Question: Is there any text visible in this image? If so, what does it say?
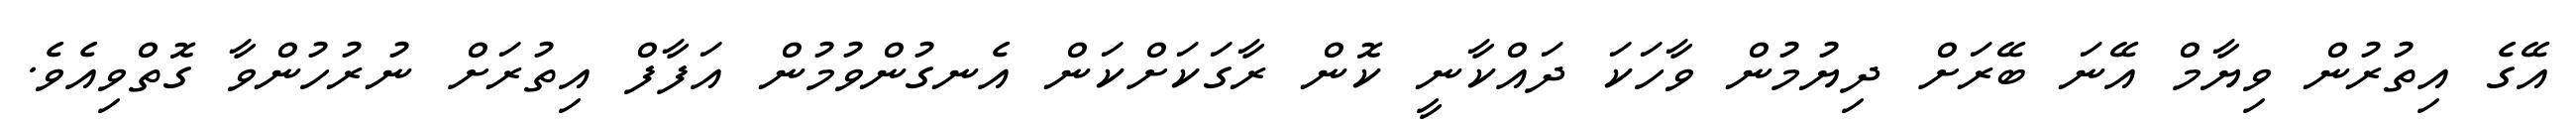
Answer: އޭގެ އިތުރުން ވިޔާމް އޭނަ ބޭރަށް ދިޔުމުން ވާހަކަ ދައްކާނީ ކޮން ރާގަކަށްކަން އެނގުންވުމުން އަފާފް އިތުރަށް ނުރުހުންވާ ގޮތްވިއެވެ.